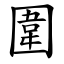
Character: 圍